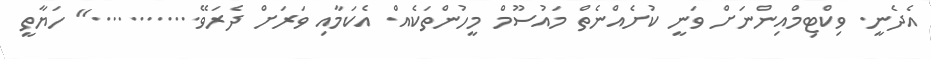
އެދެނީ. ވިކްޓިމްއިންނަށް ވަނީ ކުށެއްނެތް މައުސޫމް މީހުންތަކެއް. އެކަމާއި ވަރަށް ދެރަވޭ............" ހަޔާތީ